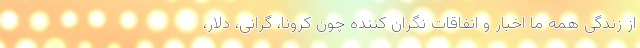
از زندگی همه ما اخبار و اتفاقات نگران کننده چون کرونا، گرانی، دلار،